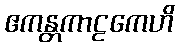
ဧကန္တကာဠကေဟိ